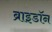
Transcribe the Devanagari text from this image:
ब्राइडॉन